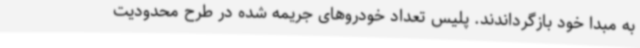
به مبدا خود بازگرداندند. پلیس تعداد خودروهای جریمه شده در طرح محدودیت